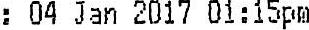
: 04 JAN 2017 01:15PM